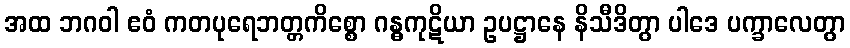
အထ ဘဂဝါ ဧဝံ ကတပုရေဘတ္တကိစ္စော ဂန္ဓကုဋိယာ ဥပဋ္ဌာနေ နိသီဒိတွာ ပါဒေ ပက္ခာလေတွာ